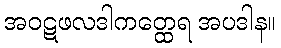
အဝဋဖလဒါကတ္ထေရ အပဒါန။